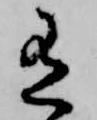
有